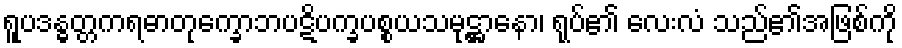
ရူပဒန္ဓတ္တကရဓာတုက္ခောဘပဋိပက္ခပစ္စယသမုဋ္ဌာနော၊ ရုပ်၏ လေးလံ သည်၏အဖြစ်ကို